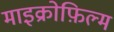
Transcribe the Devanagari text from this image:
माइक्रोफ़िल्म